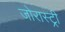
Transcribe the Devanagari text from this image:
जोरास्ट्री